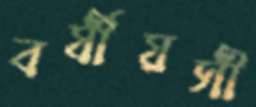
বর্ষীয়সী